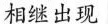
相继出现